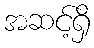
အဆင့်ရှိ